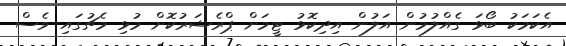
އެކަމަކު ބޯޅަ ގެއްލުމުން އަލުން އިދިކޮޅު ޓީމަށް ޕްރެޝަރުކޮށް މުޅި މެޗުގައި ވެސް